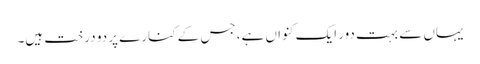
یہاں سے بہت دور ایک کنواں ہے، جس کے کنارے پر دو درخت ہیں۔